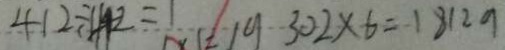
4 1 2 \div 4 1 2 = 1 3 0 2 \times 6 = 1 8 1 2 g